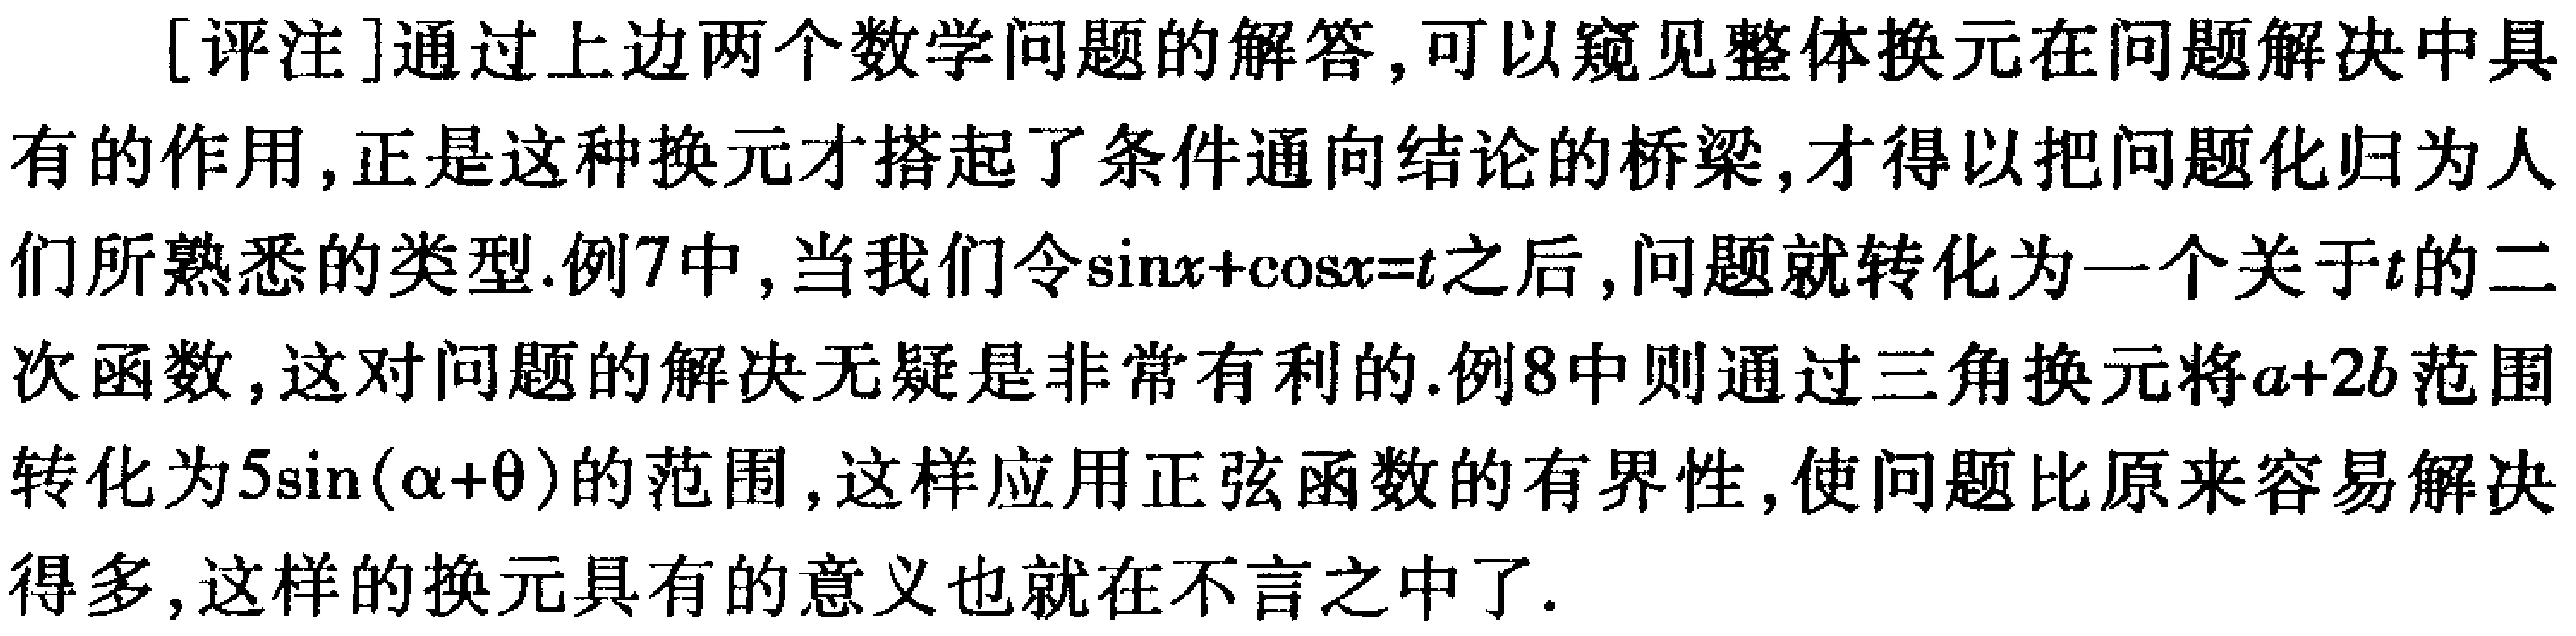
[评注]通过上边两个数学问题的解答，可以窥见整体换元在问题解决中具有的作用,正是这种换元才搭起了条件通向结论的桥梁,才得以把问题化归为人们所熟悉的类型.例7中,当我们令\(\sin x+\cos x = t\)之后,问题就转化为一个关于\(t\)的二次函数,这对问题的解决无疑是非常有利的.例8中则通过三角换元将\(a + 2b\)范围转化为\(5\sin(\alpha+\theta)\)的范围,这样应用正弦函数的有界性,使问题比原来容易解决得多,这样的换元具有的意义也就在不言之中了.